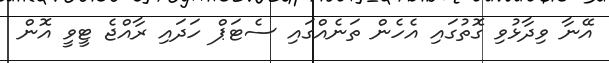
އޭނާ ވިދާޅުވި ގޮތުގައި އެހެން ތަނެއްގައި ސެޓަޕް ހަދައި ރާއްޖެ ޓީވީ އޮން